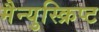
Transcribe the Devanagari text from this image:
मैन्युस्क्रिप्ट